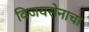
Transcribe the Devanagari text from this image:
विजयसेनाचा